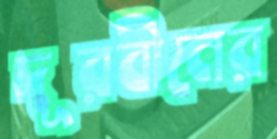
দূরবীনের